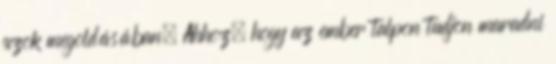
azok megoldásában. Ahhoz, hogy az ember talpon tudjon maradni